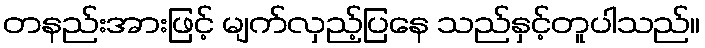
တနည်းအားဖြင့် မျက်လှည့်ပြနေ သည်နှင့်တူပါသည်။